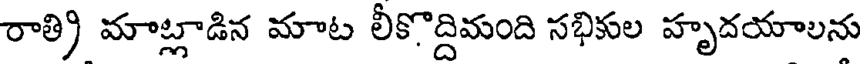
రాత్రి మాట్లాడిన మాట లీకొద్దిమంది సభికుల హృదయాలను